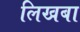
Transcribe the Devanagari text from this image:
लिखबा